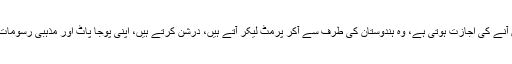
جس کا مطلب ہے کہ انہیں مخصوص وقت کیلئے پاکستان آنے کی اجازت ہوتی ہے، وہ ہندوستان کی طرف سے آکر پرمٹ لیکر آتے ہیں، درشن کرتے ہیں، اپنی پوجا پاٹ اور مذہبی رسومات آزادی سے انجام دیتے ہیں اور پھر واپس چلے جاتے ہیں۔